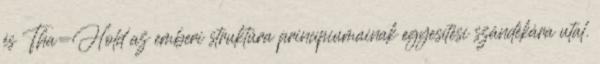
és Tha=Hold az emberi struktúra princípiumainak egyesítési szándékára utal.